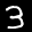
Label: 3